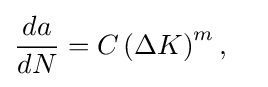
{\begin{aligned}{da \over dN}&=C\left(\Delta K\right)^{m},\end{aligned}}